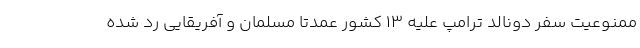
ممنوعیت سفر دونالد ترامپ علیه ۱۳ کشور عمدتا مسلمان و آفریقایی رد شده